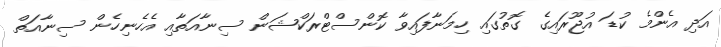
އަދި އެންމެ ކުޑަ އުޖޫރައިގެ ގޮތުގައި ހިމަނާފައިވާ ކޮންސްޓްރަކްޝަން ސިނާއަތާއި އެހެނިހެން ސިނާއަތް